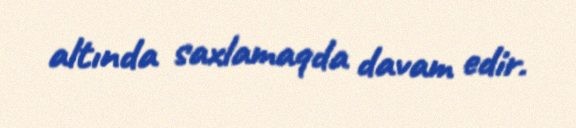
altında saxlamaqda davam edir.